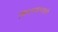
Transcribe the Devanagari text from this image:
शिवणकामातले